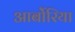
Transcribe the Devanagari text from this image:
आर्बोरिया